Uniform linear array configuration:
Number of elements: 12
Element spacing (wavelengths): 0.75
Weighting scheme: blackman
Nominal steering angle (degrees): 30
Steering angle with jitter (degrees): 29.07
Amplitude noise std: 0.05
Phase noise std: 0.05

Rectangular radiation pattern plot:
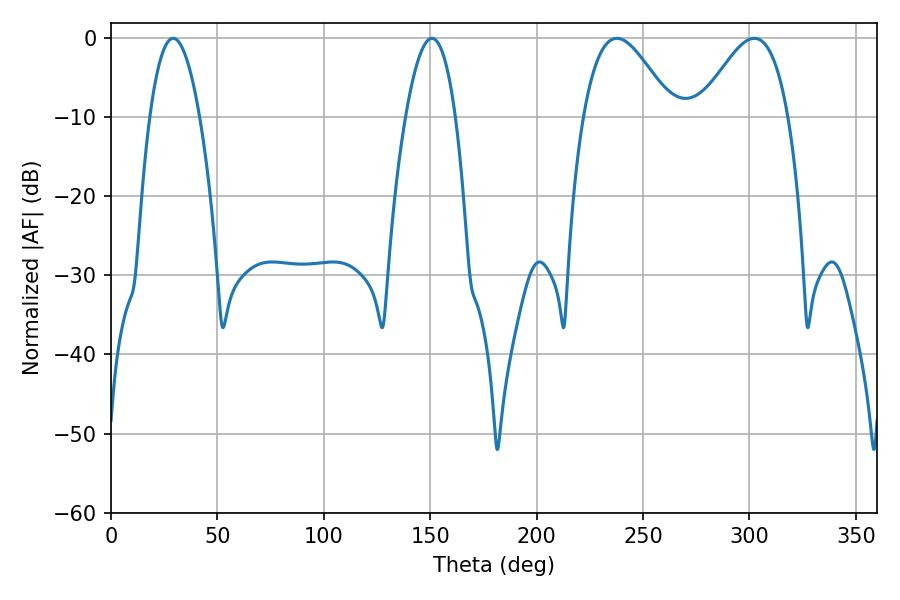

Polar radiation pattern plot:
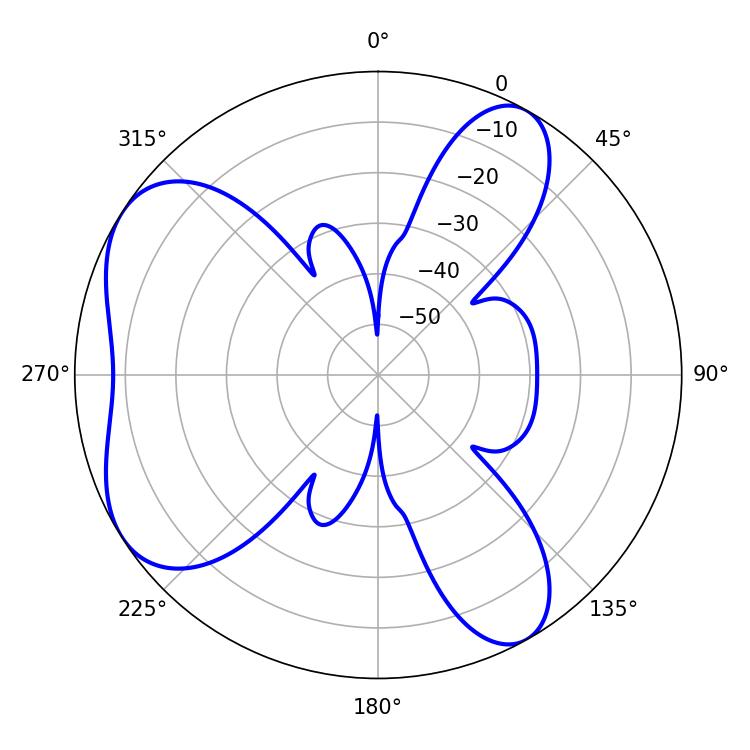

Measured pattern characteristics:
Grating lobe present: TRUE
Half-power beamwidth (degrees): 22.5
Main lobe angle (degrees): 237.78